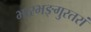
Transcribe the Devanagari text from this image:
भारभङ्गुरतरां